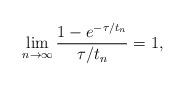
LaTeX: \begin{align*}\lim_{n \to \infty} \frac{1 - e^{-\tau/t_n}}{\tau/t_n} = 1,\end{align*}